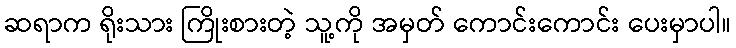
ဆရာက ရိုးသား ကြိုးစားတဲ့ သူ့ကို အမှတ် ကောင်းကောင်း ပေးမှာပါ။